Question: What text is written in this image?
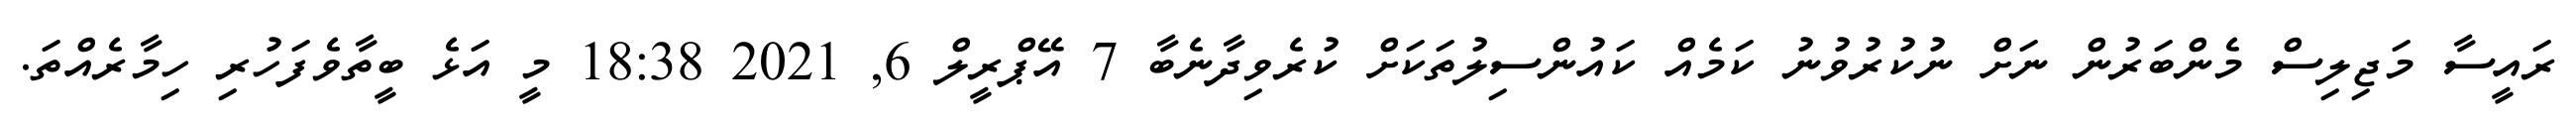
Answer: ރައީސާ މަޖިލިސް މެންބަރުން ނަށް ނުކުރުވުނު ކަމެއް ކައުންސިލުތަކަށް ކުރެވިދާނެބާ 7 އޭޕްރީލް 6, 2021 18:38 މީ އަޅެ ބީތާވެފަހުރި ހިމާރެއްތަ.